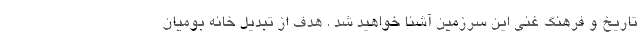
تاریخ و فرهنگ غنی این سرزمین آشنا خواهید شد . هدف از تبدیل خانه بومیان